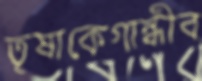
তৃষাকেগান্ধীব